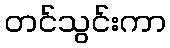
တင်သွင်းကာ